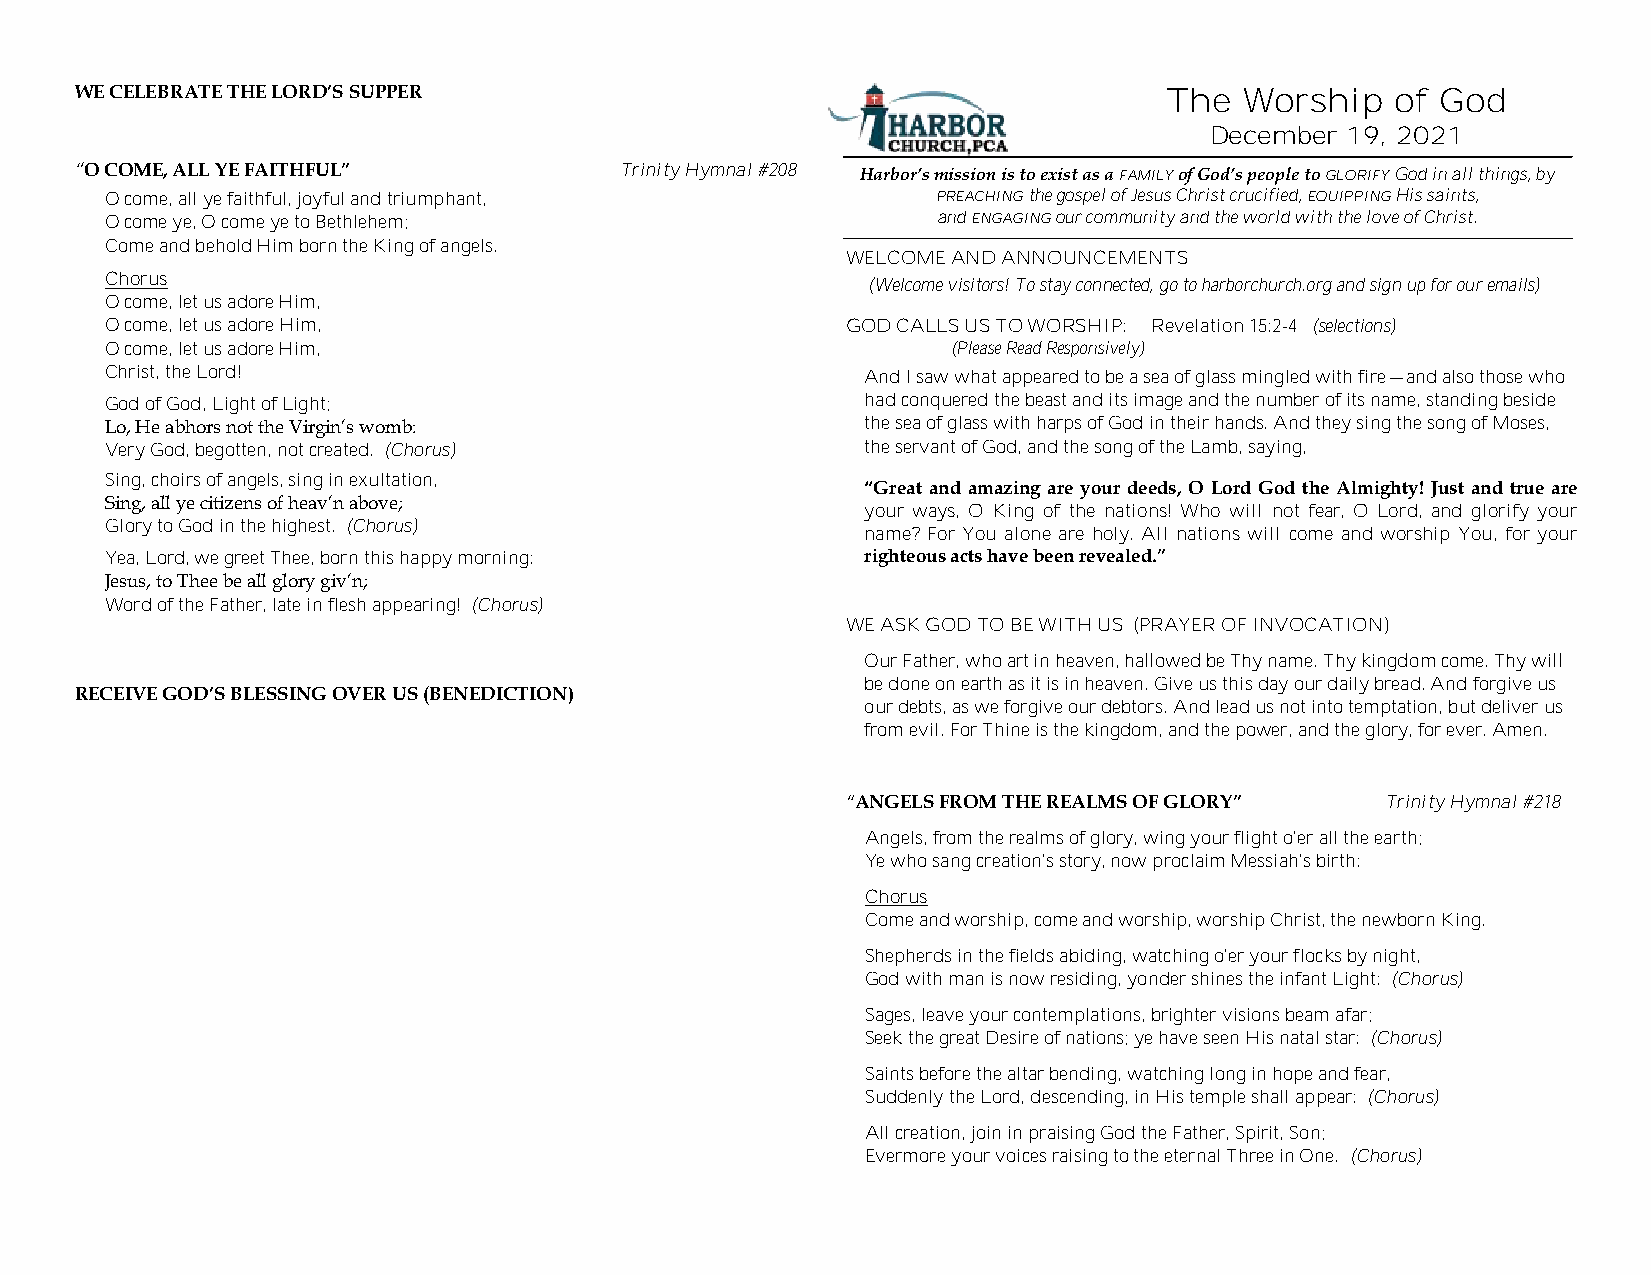
WE CELEBRATE THE LORD’S SUPPER                                          The  Worship   of God
 December 19, 2021
 “O COME, ALL YE FAITHFUL”           Trinity Hymnal #208 Harbor’s mission is to exist as a FAMILY of God’s people to GLORIFY God in all things, by
 O come, all ye faithful, joyful and triumphant,        PREACHING the gospel of Jesus Christ crucified, EQUIPPING His saints,
 O come ye, O come ye to Bethlehem;                     and ENGAGING our community and the world with the love of Christ.
 Come and behold Him born the King of angels.
 WELCOME AND ANNOUNCEMENTS
 Chorus                                            (Welcome visitors! To stay connected, go to harborchurch.org and sign up for our emails)
 O come, let us adore Him,
 O come, let us adore Him,                        GOD CALLS US TO WORSHIP: Revelation 15:2-4 (selections)
 O come, let us adore Him,                               (Please Read Responsively)
 Christ, the Lord!                                 And I saw what appeared to be a sea of glass mingled with fire—and also those who
 God of God, Light of Light;                       had conquered the beast and its image and the number of its name, standing beside
 Lo, He abhors not the Virgin’s womb:              the sea of glass with harps of God in their hands. And they sing the song of Moses,
 Very God, begotten, not created. (Chorus)         the servant of God, and the song of the Lamb, saying,
 Sing, choirs of angels, sing in exultation,
 “Great and amazing are your deeds, O Lord God the Almighty! Just and true are
 Sing, all ye citizens of heav’n above;
 your ways, O King of the nations! Who will not fear, O Lord, and glorify your
 Glory to God in the highest. (Chorus)
 name? For You alone are holy. All nations will come and worship You, for your
 Yea, Lord, we greet Thee, born this happy morning: righteous acts have been revealed.”
 Jesus, to Thee be all glory giv’n;
 Word of the Father, late in flesh appearing! (Chorus)
 WE ASK GOD TO BE WITH US (PRAYER OF INVOCATION)
 Our Father, who art in heaven, hallowed be Thy name. Thy kingdom come. Thy will
 be done on earth as it is in heaven. Give us this day our daily bread. And forgive us
 RECEIVE GOD’S BLESSING OVER US (BENEDICTION)
 our debts, as we forgive our debtors. And lead us not into temptation, but deliver us
 from evil. For Thine is the kingdom, and the power, and the glory, for ever. Amen.
 “ANGELS FROM THE REALMS OF GLORY”   Trinity Hymnal #218
 Angels, from the realms of glory, wing your flight o'er all the earth;
 Ye who sang creation's story, now proclaim Messiah's birth:
 Chorus
 Come and worship, come and worship, worship Christ, the newborn King.
 Shepherds in the fields abiding, watching o'er your flocks by night,
 God with man is now residing, yonder shines the infant Light: (Chorus)
 Sages, leave your contemplations, brighter visions beam afar;
 Seek the great Desire of nations; ye have seen His natal star: (Chorus)
 Saints before the altar bending, watching long in hope and fear,
 Suddenly the Lord, descending, in His temple shall appear: (Chorus)
 All creation, join in praising God the Father, Spirit, Son;
 Evermore your voices raising to the eternal Three in One. (Chorus)